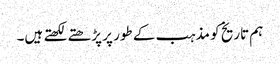
ہم تاریخ کو مذہب کے طور پر پڑھتے لکھتے ہیں۔